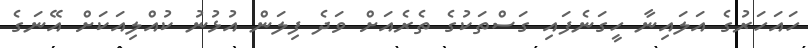
ހައަހަރުގެ އަލައިނާ ހީގަނެފައި ގަސްތަކުގެ ތެރެއަށް ވަދެ ފިލަން އުޅުނު ކުއްލިއަކަށް އޭނަގެ